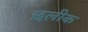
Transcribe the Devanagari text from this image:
छलीक